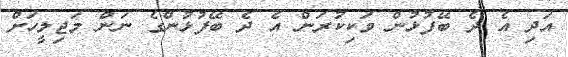
އަދި އެ ދެ ބޭފުޅުން ވަކިކުރަން އެ ދެ ބޭފުޅުންގެ ނަން މަޖިލީހަށް